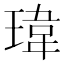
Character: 瑋